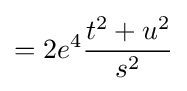
=2e^{4}{\frac {t^{2}+u^{2}}{s^{2}}}